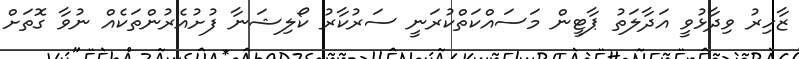
ޒާހިރު ވިދާޅުވީ އަދާލަތު ޕާޓީން މަސައްކަތްކުރަނީ ސަރުކާރު ކޯލިޝަނާ ފުށުއެރުންތަކެއް ނުވާ ގޮތަށް